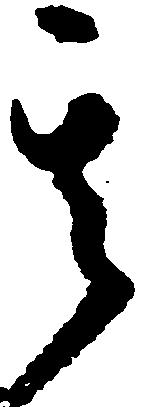
其